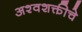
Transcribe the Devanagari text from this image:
अश्वशक्तीचे